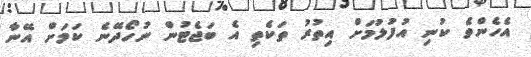
އެހެންވެ ކުނި އުފުލުމަށް އިތުރު ތަކެތި އެ ބަޖެޓުން ނުހޯދޭނެ ކަމަށް އޭނާ